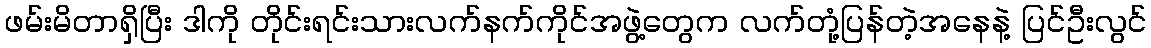
ဖမ်းမိတာရှိပြီး ဒါကို တိုင်းရင်းသားလက်နက်ကိုင်အဖွဲ့တွေက လက်တုံ့ပြန်တဲ့အနေနဲ့ ပြင်ဦးလွင်